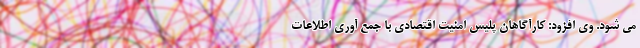
می شود. وی افزود: کارآگاهان پلیس امنیت اقتصادی با جمع آوری اطلاعات